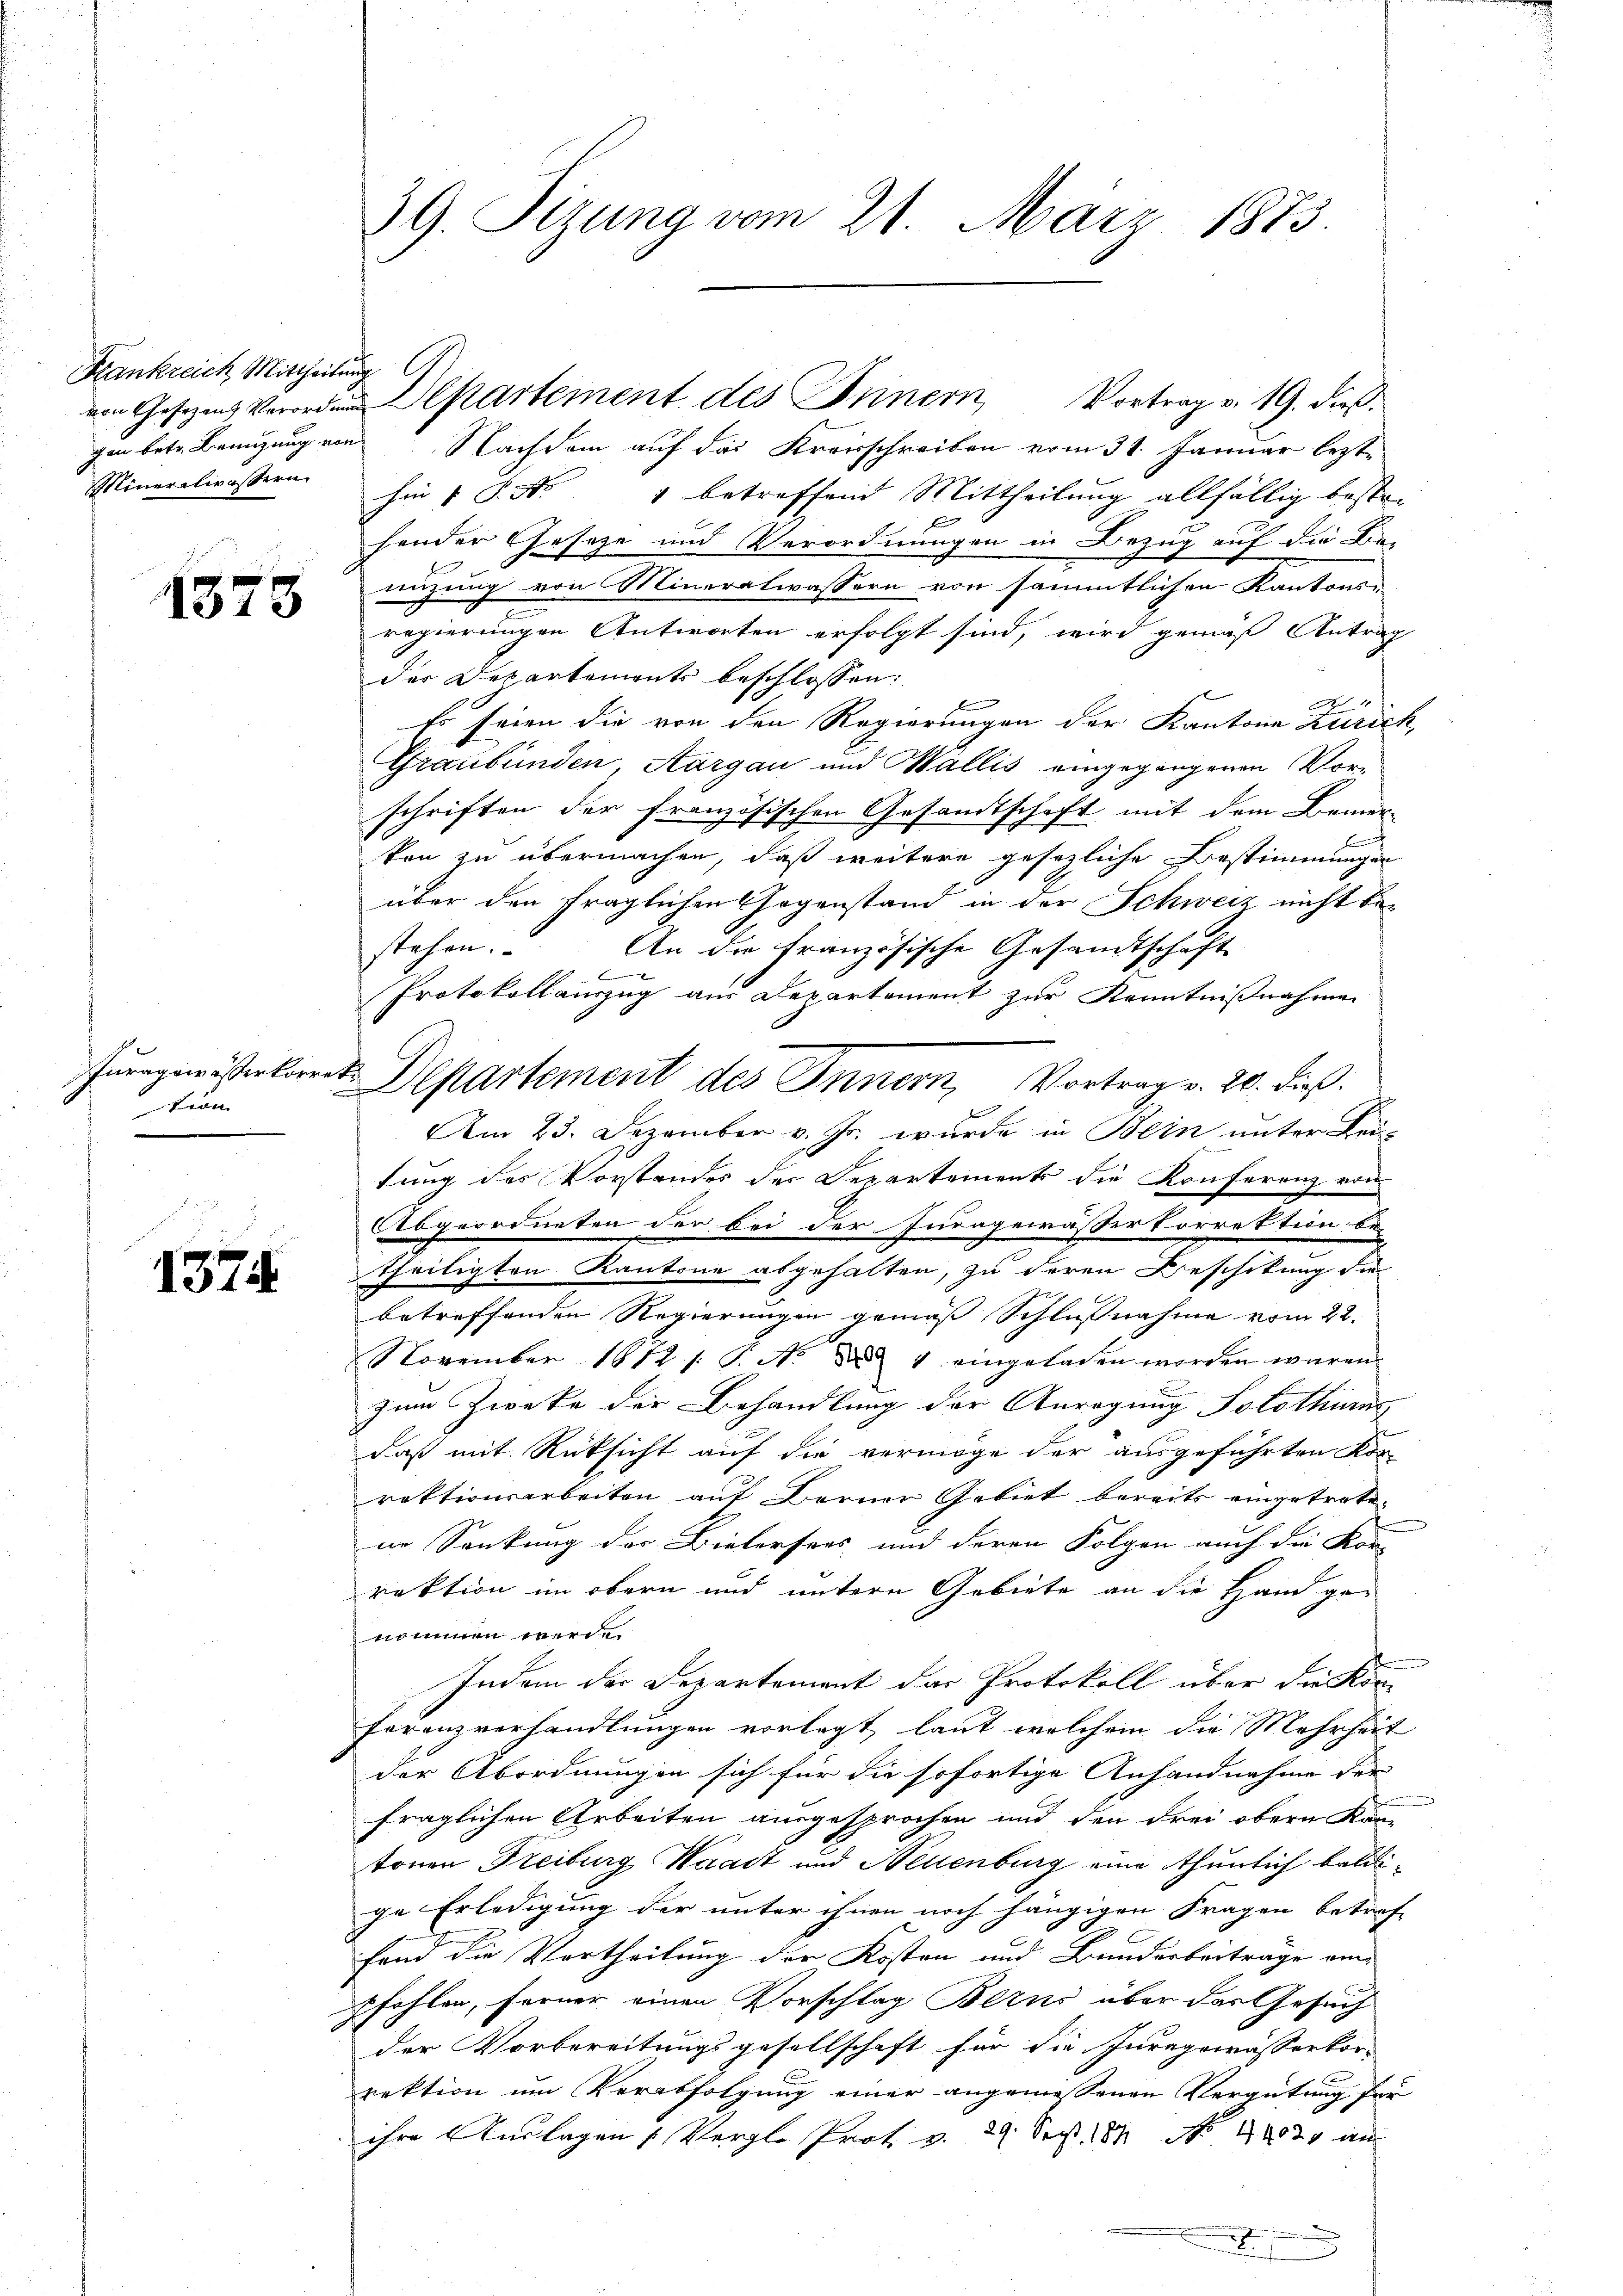
Frankreich Mittheilung.
Minerelwassern

1373

tion

1374

39. Sizung vom 21. März 1873.

von Gesetzes partement des Innern Vortrag v. 19. dieß
gen betr. Benuzung von Nachdem auf das Kreisschreiben vom 31. Januar lezthin 1 S. Nr. 1 betreffend Mittheilung allfällig beste-
hender Gesetze und Verordnungen in Bezug auf die Lie-
nüzung von Mineralwassern von sämmtlichen Kantons
regierungen Antworten erfolgt sind, wird gemäß Antrag
der Departements beschlossen:
b
Es seien die von den Regierungen der Kantone Zürich,
Graubünden, Aargau und Wallis eingegangenen Vorschriften der französischen Gesandtschaft mit dem Bemer
F
kon zu übermachen, daß weitere gesezliche Bestimmungen
über den fraglichen Gegenstand in der Schweiz nicht be¬
An die französische Gesandtschaft
stehen.
Protokollauszug aus Departement zur Kenntnißnahmen
Furngeisterkorrest Departement des Innern, Vortrag v. 20. dieß.
Am 23. Dezember v. Js. wurde in Bein unter Lei-
tung des Vorstandes der Departements die Konferenz von
Abgeordneten der bei der Invagewässerkorrektion be-
theiligten Kantone abgehalten, zu deren Beschikung die
betreffenden Regierungen gemäß Schlußnahme vom 22.
November 1812 s. S. Nr. 884 eingeladen worden wären.
E
zum Zwecke der Behandlung der Anregung Solothurn
daß mit Rücksicht auf die vermöge der ausgeführten Kor-
rektionsarbeiten auf Berner Gebiet bereits eingetretene Sankung der Bielersees und deren Folgen auch die Kon
rektion im obern und untern Gebiete an die Hand ge-
nommen werde.
Indem der Departement das Protokoll über die Kon-
Forenzverhandlungen vorlegt, laut welchem die Mehrheit
der Abordnungen sich für die sofortige Anhandnahme der
fraglichen Arbeiten ausgesprochen und den drei obern Kan-
tonen Freiburg Waadt und Neuenburg eine thunlich baldige Erledigung der unter ihnen noch hängigen Fragen betraf-
fand die Vortheilung der Kosten und Bunderbeiträge ein
pfohlen, ferner einen Vorschlag Berns über das Gesuch
der Vorbereitungsgesellschaft für die Juragewässerkorrektion um Verabfolgung einer angemessenen Vergütung für
ihre Auslagen (Vergle Prot v. 29. Sept. 189 No 1883 an
.